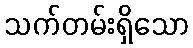
သက်တမ်းရှိသော